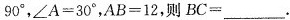
90^{\circ}，$$\angle A=30^{\circ}$$，$$AB=12$$，则$$BC=___$$。